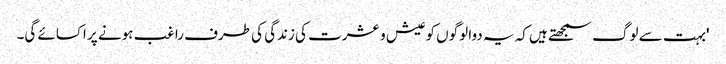
'بہت سے لوگ سمجھتے ہیں کہ یہ دوا لوگوں کو عیش و عشرت کی زندگی کی طرف راغب ہونے پر اکسائے گی۔